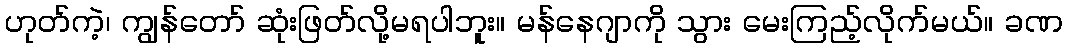
ဟုတ်ကဲ့၊ ကျွန်တော် ဆုံးဖြတ်လို့မရပါဘူး။ မန်နေဂျာကို သွား မေးကြည့်လိုက်မယ်။ ခဏ